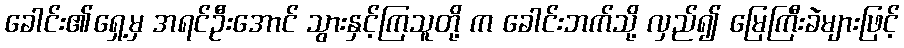
ခေါင်း၏ရှေ့မှ အရင်ဦးအောင် သွားနှင့်ကြသူတို့ က ခေါင်းဘက်သို့ လှည်၍ မြေကြီးခဲများဖြင့်